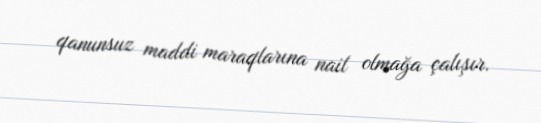
qanunsuz maddi maraqlarına nail olmağa çalışır.